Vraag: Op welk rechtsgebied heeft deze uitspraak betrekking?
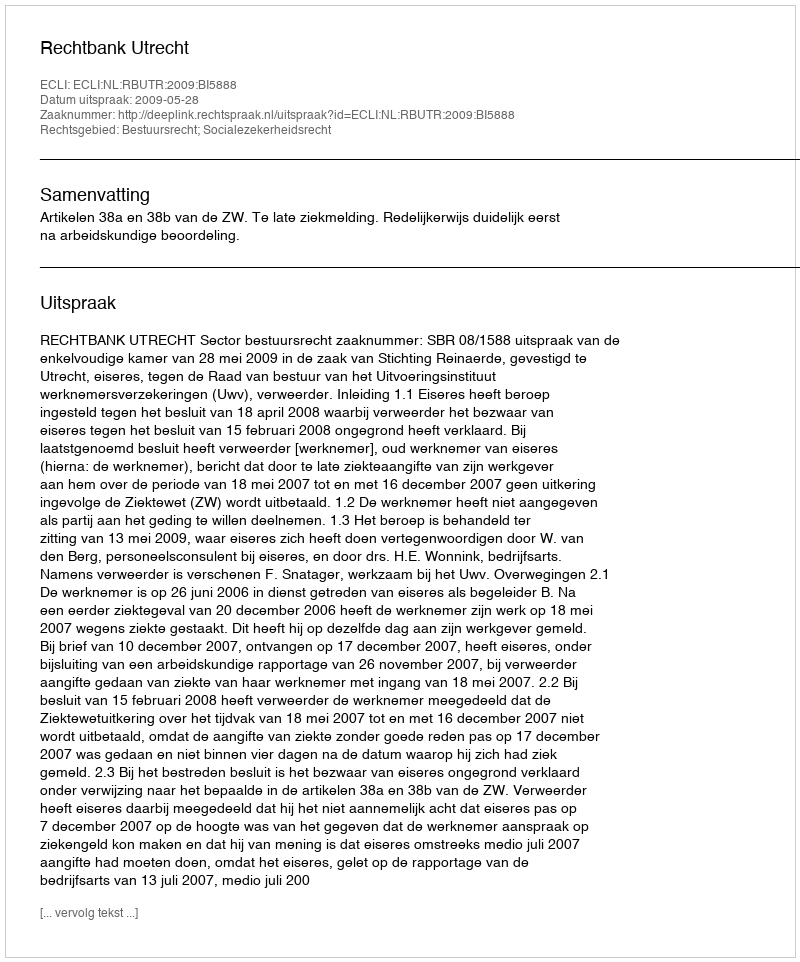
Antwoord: Bestuursrecht; Socialezekerheidsrecht